Indian journal of veterinary science and animal husbandry - Volumes 15-17, 1948-1951
Year: 1948
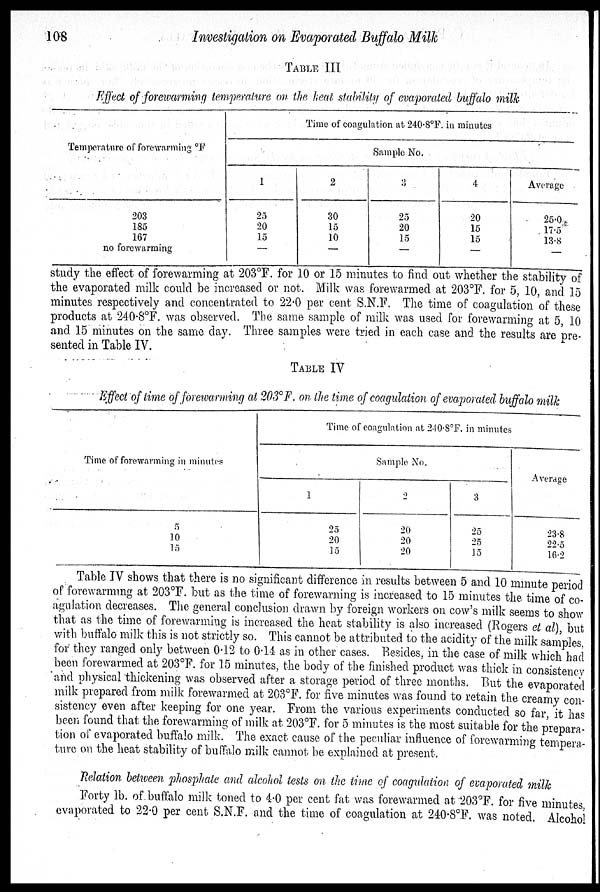
108
Investigation on Evaporated Buffalo Milk
TABLE III
Effect of forewarming temperature on the heat stability of evaporated buffalo milk
Temperature of forewarming ºF
203
185
167
no forewarming
Time of coagulation at 240.8°F. in minutes
Sample No.
1
25
20
15
—
2
30
15
10
—
3
25
20
15
—
4
20
15
15
—
Average
25.0
17.5
13.8
—
study the effect of forewarming at 203º F. for 10 or 15 minutes to find out whether the stability of
the evaporated milk could be increased or not. Milk was forewarmed at 203°F. for 5, 10, and 15
minutes respectively and concentrated to 22.0 per cent S.N.F. The time of coagulation of these
products at 240.8°F. was observed. The same sample of milk was used for forewarming at 5, 10
and 15 minutes on the same day. Three samples were tried in each case and the results are pre-
sented in Table IV.
TABLE IV
Effect of time of forewarming at 203°F. on the time of coagulation of evaporated buffalo milk
Time of forewarming in minutes
5
10
15
Time of coagulation at 240.8°F. in minutes
Sample No.
1
25
20
15
2
20
20
20
3
25
25
15
Average
23.8
22.5
16.2
Table IV shows that there is no significant difference in results between 5 and 10 minute period
of forewarming at 203°F. but as the time of forewarning is increased to 15 minutes the time of co-
agulation decreases. The general conclusion drawn by foreign workers on cow's milk seems to show
that as the time of forewarming is increased the heat stability is also increased (Rogers et al), but
with buffalo milk this is not strictly so. This cannot be attributed to the acidity of the milk samples,
for they ranged only between 0.12 to 0.14 as in other cases. Besides, in the case of milk which had
been forewarmed at 203°F. for 15 minutes, the body of the finished product was thick in consistency
and physical thickening was observed after a storage period of three months. But the evaporated
milk prepared from milk forewarmed at 203°F. for five minutes was found to retain the creamy con-
sistency even after keeping for one year. From the various experiments conducted so far, it has
been found that the forewarming of milk at 203°F. for 5 minutes is the most suitable for the prepara-
tion of evaporated buffalo milk. The exact cause of the peculiar influence of forewarming tempera-
ture on the heat stability of buffalo milk cannot be explained at present.
Relation between phosphate and alcohol tests on the time of coagidation of evaporated milk
Forty lb. of buffalo milk toned to 4.0 per cent fat was forewarmed at 203°F. for five minutes
evaporated to 22.0 per cent S.N.F. and the time of coagulation at 240.8°F. was noted. Alcohol